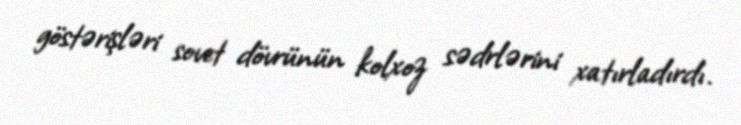
göstərişləri sovet dövrünün kolxoz sədrlərini xatırladırdı.